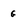
Character: g